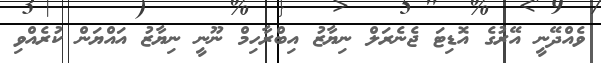
ވެއްދޭނީ އޭރުގެ އޮޑިޓަ ޖެނެރަލް ނިޔާޒު އިބްރާހިމް ނޫނީ ނިޔާޒު އައްޔަން ކުރެއްވި